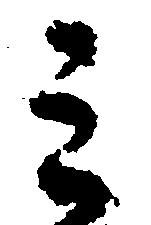
ミ